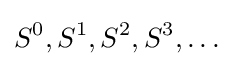
S^{0},S^{1},S^{2},S^{3},\dots